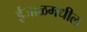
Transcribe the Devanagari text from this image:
ईजाळमधील